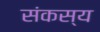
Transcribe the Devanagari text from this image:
संकस्य